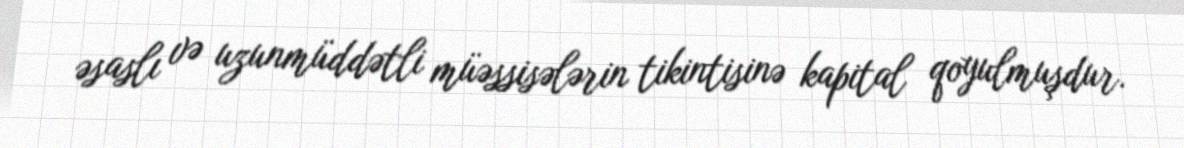
əsaslı və uzunmüddətli müəssisələrin tikintisinə kapital qoyulmuşdur.